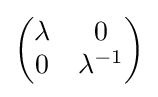
{\begin{pmatrix}\lambda &0\\0&\lambda ^{-1}\end{pmatrix}}